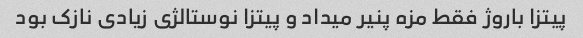
پیتزا باروژ فقط مزه پنیر میداد و پیتزا نوستالژی زیادی نازک بود